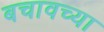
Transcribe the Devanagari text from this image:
बचावच्या